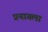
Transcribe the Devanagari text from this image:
प्रयागला